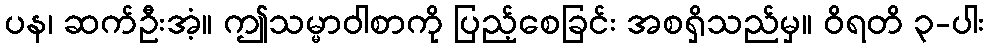
ပန၊ ဆက်ဦးအံ့။ ဤသမ္မာဝါစာကို ပြည့်စေခြင်း အစရှိသည်မှ။ ဝိရတိ ၃-ပါး